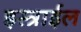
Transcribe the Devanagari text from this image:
इस्त्राईल